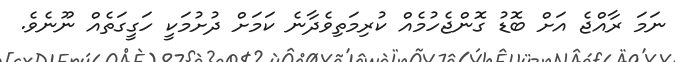
ނަމަ ރާއްޖެ އަށް ބޮޑު ގޮންޖެހުމެއް ކުރިމަތިވެދާނެ ކަމަށް ދުށުމަކީ ހަގީގަތެއް ނޫނެވެ.